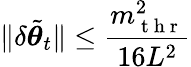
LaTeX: \| \delta\tilde{{\boldsymbol{\theta}}}_{t}\| \leq\frac{m_{\mathrm{~t~h~r~}}^{2}}{16L^{2}}